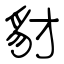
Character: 豺